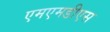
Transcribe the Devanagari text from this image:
एमएमडीएस